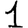
Digit: 1